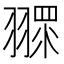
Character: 𦑶